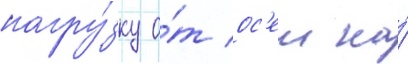
нагру́зку о́т ос'еи на́